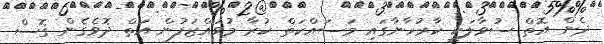
ދެން އޮތް ސުވާލަކީ ކާރުހާނާގައި މަސައްކަތް ކުރާ މުވައްޒަފުން އަތް ދޮވެގެން ގޮސް